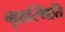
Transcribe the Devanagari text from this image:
गृहस्थिति